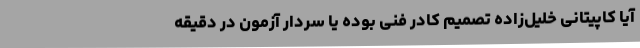
آیا کاپیتانی خلیل‌زاده تصمیم کادر فنی بوده یا سردار آزمون در دقیقه